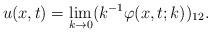
LaTeX: \begin{align*}u(x,t)=\lim _{k\rightarrow 0} ( k^{-1} \varphi (x,t;k))_{12}.\end{align*}